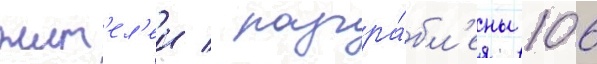
жит'ел'еи / разгра́бл'ены 106